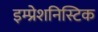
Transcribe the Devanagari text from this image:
इम्प्रेशनिस्टिक